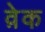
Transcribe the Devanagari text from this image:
व़ेक